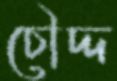
চৌদ্দ